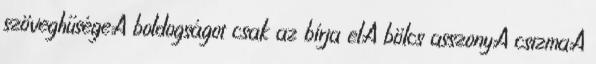
szöveghűsége,A boldogságot csak az bírja el,A bölcs asszony,A csizma,A